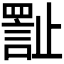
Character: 𪴾